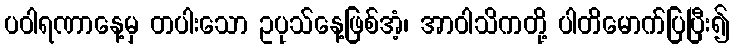
ပဝါရဏာနေ့မှ တပါးသော ဥပုသ်နေ့ဖြစ်အံ့၊ အာဝါသိကတို့ ပါတိမောက်ပြပြီး၍